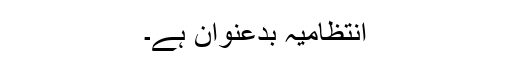
انتظامیہ بدعنوان ہے۔